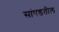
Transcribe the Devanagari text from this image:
सांपडतील